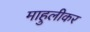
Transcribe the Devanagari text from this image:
माहुलीकर